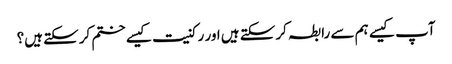
آپ کیسے ہم سے رابطہ کرسکتے ہیں اور رکنیت کیسے ختم کرسکتے ہیں؟